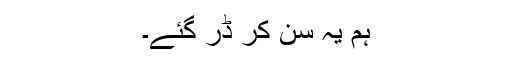
ہم یہ سن کر ڈر گئے۔